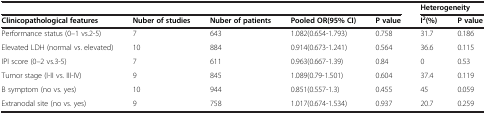
<table><thead><tr><td colspan="5"><b> </b></td><td colspan="2"><b>Heterogeneity</b></td></tr><tr><td><b>Clinicopathological features</b></td><td><b>Nuber of studies</b></td><td><b>Nuber of patients</b></td><td><b>Pooled OR(95% CI)</b></td><td><b>P value</b></td><td><b>I<sup>2</sup>(%)</b></td><td><b>P value</b></td></tr></thead><tbody><tr><td>Performance status (0–1 vs.2-5)</td><td>7</td><td>643</td><td>1.082(0.654-1.793)</td><td>0.758</td><td>31.7</td><td>0.186</td></tr><tr><td>Elevated LDH (normal vs. elevated)</td><td>10</td><td>884</td><td>0.914(0.673-1.241)</td><td>0.564</td><td>36.6</td><td>0.115</td></tr><tr><td>IPI score (0–2 vs.3-5)</td><td>7</td><td>611</td><td>0.963(0.667-1.39)</td><td>0.84</td><td>0</td><td>0.53</td></tr><tr><td>Tumor stage (I-II vs. III-IV)</td><td>9</td><td>845</td><td>1.089(0.79-1.501)</td><td>0.604</td><td>37.4</td><td>0.119</td></tr><tr><td>B symptom (no vs. yes)</td><td>10</td><td>944</td><td>0.851(0.557-1.3)</td><td>0.455</td><td>45</td><td>0.059</td></tr><tr><td>Extranodal site (no vs. yes)</td><td>9</td><td>758</td><td>1.017(0.674-1.534)</td><td>0.937</td><td>20.7</td><td>0.259</td></tr></tbody></table>